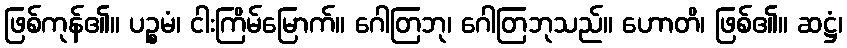
ဖြစ်ကုန်၏။ ပဉ္စမံ၊ ငါးကြိမ်မြောက်။ ဂေါတြဘု၊ ဂေါတြဘုသည်။ ဟောတိ၊ ဖြစ်၏။ ဆဋ္ဌံ၊